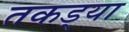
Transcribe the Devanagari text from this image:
तकड्या